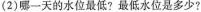
(2)哪一天的水位最低?最低水位是多少?